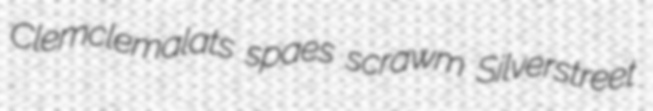
Clemclemalats spaes scrawm Silverstreet